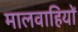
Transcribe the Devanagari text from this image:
मालवाहियों